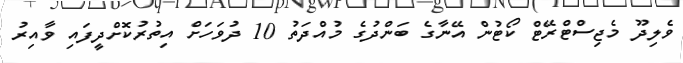
ވެލިދޫ މެޖިސްޓްރޭޓް ކޯޓުން އޭނާގެ ބަންދުގެ މުއްދަތު 10 ދުވަހަށް އިތުރުކޮށްދީފައި ވާއިރު